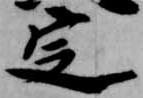
定